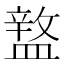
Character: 𥂚